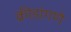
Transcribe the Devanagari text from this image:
क्रीडांगणे